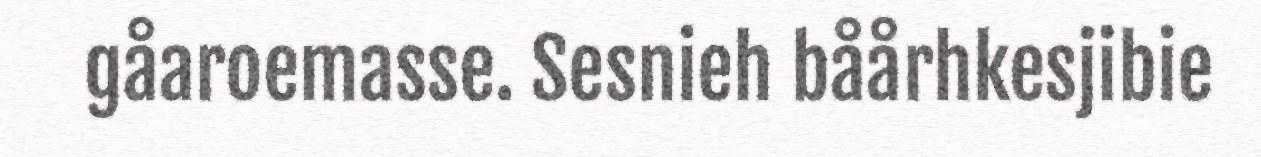
gåaroemasse. Sesnieh båårhkesjibie